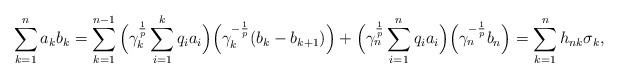
\begin{align*}{}\displaystyle\sum_{k=1}^{n}a_kb_k& = \sum_{k=1}^{n-1}\Big(\gamma_k^{\frac{1}{p}}\sum_{i=1}^{k}q_ia_i\Big)\Big(\gamma_k^{-\frac{1}{p}}(b_k-b_{k+1})\Big) + \Big(\gamma_n^{\frac{1}{p}}\sum_{i=1}^{n}q_ia_i\Big)\Big(\gamma_n^{-\frac{1}{p}}b_n\Big) = \displaystyle\sum_{k=1}^{n} h_{nk}\sigma_k,\end{align*}